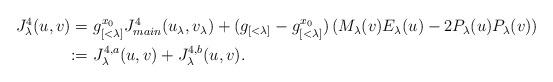
LaTeX: \begin{align*}\begin{aligned}J^4_{\lambda}(u,v) = & \ g_{[<\lambda]}^{x_0} J^4_{main}(u_\lambda,v_\lambda)+ ( g_{[<\lambda]}- g_{[<\lambda]}^{x_0})\left(M_\lambda(v) E_\lambda(u)- 2 P_\lambda(u) P_\lambda(v)\right)\\: = & \ J^{4,a}_{\lambda}(u,v)+J^{4,b}_{\lambda}(u,v).\end{aligned}\end{align*}